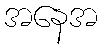
အနေအ